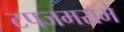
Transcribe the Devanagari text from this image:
टपजमसमे